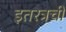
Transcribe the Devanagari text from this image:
इतरत्रची